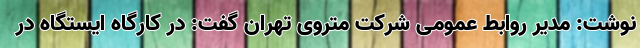
نوشت: مدیر روابط عمومی شرکت متروی تهران گفت: در کارگاه ایستگاه در